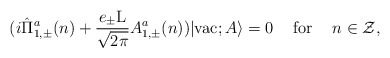
\begin{align*}(i\hat{\Pi}_{1,\pm}^a(n) + \frac{e_{\pm} \rm L}{\sqrt{2\pi}}A_{1,\pm}^a(n))|{\rm vac};A \rangle =0 \hspace{5 mm}{\rm for} \hspace{5 mm} n \in \cal Z,\end{align*}